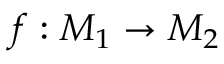
f : M _ { 1 } \to M _ { 2 }